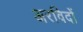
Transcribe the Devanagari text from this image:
अरविदों